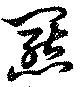
羆